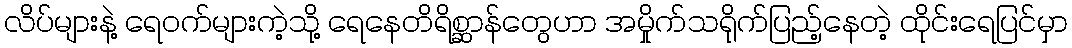
လိပ်များနဲ့ ရေဝက်များကဲ့သို့ ရေနေတိရိစ္ဆာန်တွေဟာ အမှိုက်သရိုက်ပြည့်နေတဲ့ ထိုင်းရေပြင်မှာ